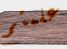
علمتم